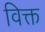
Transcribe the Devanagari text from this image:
विक्त